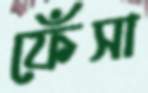
ফেঁসা